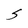
Character: S